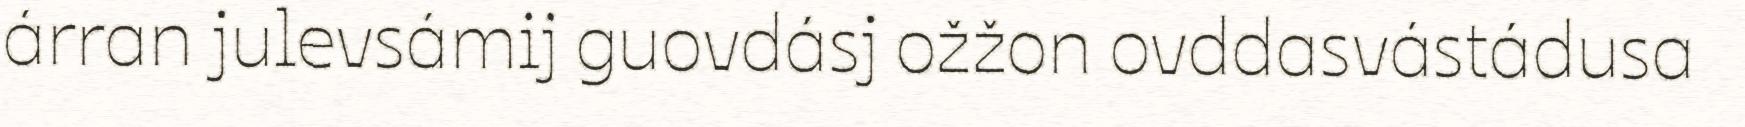
árran julevsámij guovdásj ožžon ovddasvástádusa